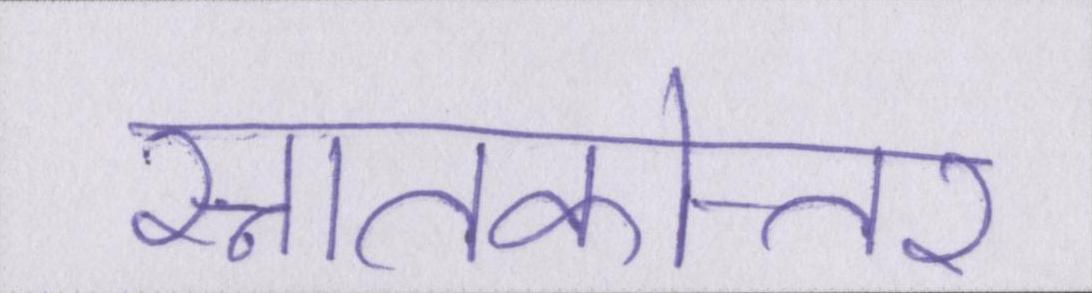
स्नातकोत्तर